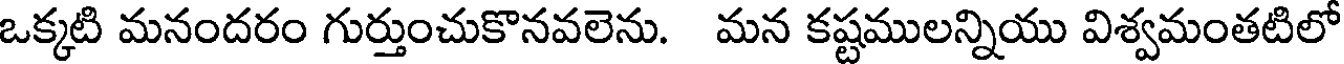
ఒక్కటి మనందరం గుర్తుంచుకొనవలెను. మన కష్టములన్నియు విశ్వమంతటిలో